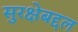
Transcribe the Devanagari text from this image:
सुरक्षेबद्दल